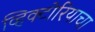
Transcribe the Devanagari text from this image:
व्हिक्टोरियाचा